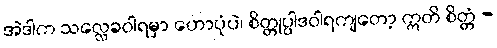
အဲဒါက သလ္လေခဝါရမှာ ဟောပုံပဲ၊ စိတ္တုပ္ပါဒဝါရကျတော့ ဣတိ စိတ္တံ -